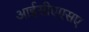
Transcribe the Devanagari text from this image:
आईसीएएसए